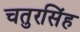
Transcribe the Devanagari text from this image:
चतुरसिंह